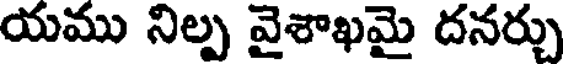
యము నిల్ప వైశాఖమై దనర్చు